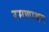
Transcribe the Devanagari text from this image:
रमणाश्रम